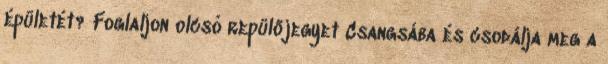
épületét? Foglaljon olcsó repülőjegyet Csangsába és csodálja meg a